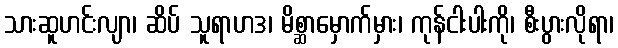
သားဆူဟင်းလျာ၊ ဆိပ် သူရာဟဒ၊ မိစ္ဆာမှောက်မှား၊ ကုန်ငါးပါးကို၊ စီးပွားလိုရာ၊